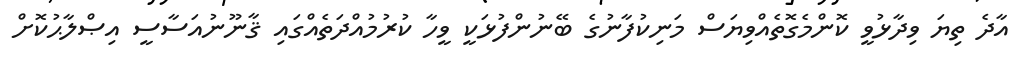
އާދެ ތިޔަ ވިދާޅުވީ ކޮންމެގޮތެއްވިޔަސް މަނިކުފާނުގެ ބޭނުންފުޅަކީ ވީހާ ކުރުމުއްދަތެއްގައި ޤާނޫނުއަސާސީ އިޞްލާޙުކޮށް